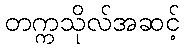
တက္ကသိုလ်အဆင့်